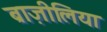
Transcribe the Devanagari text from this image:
ब्राज़ीलिया